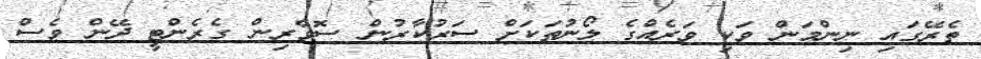
ތެރޭގައި ނިންމަން ވަކި ވަރެއްގެ ލޯނުތަކަށް ސަރުކާރުން ސޮވެރިން ގެރެންޓީ ދޭން ވެސް